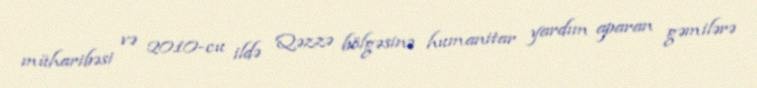
müharibəsi və 2010-cu ildə Qəzzə bölgəsinə humanitar yardım aparan gəmilərə